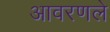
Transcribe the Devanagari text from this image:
आवरणले